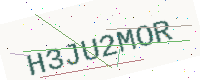
Text: H3JU2MOR